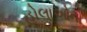
હોલાઓનો